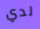
لدي